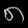
Digit: ၈